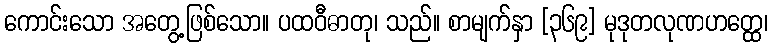
ကောင်းသော အတွေ့ဖြစ်သော။ ပထဝီဓာတု၊ သည်။ စာမျက်နှာ [၃၆၉] မုဒုတလုဏဟတ္ထေ၊